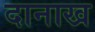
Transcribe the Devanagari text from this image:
दानाख